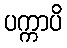
ပက္ကာပိ